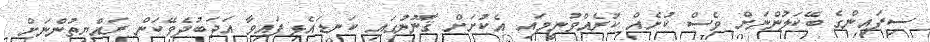
ސިފައިންގެ ބޭކަލުންނަށް ވެސް ކުށެއް ކުރެއްވުނީމައި އެކުށަށް ޤާނޫނުގައި ކަނޑައެޅިފައިވާ އަދަބުދެވޭކަން ރައްޔިތުންނަށް